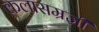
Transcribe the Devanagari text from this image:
कलासम्रज्ञी